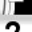
Digit: 2